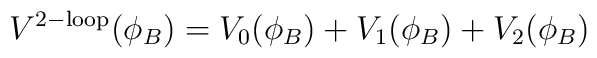
V^{\mathrm{2-loop}}(\phi_B)=V_0(\phi_B)+V_1(\phi_B)+V_2(\phi_B)